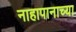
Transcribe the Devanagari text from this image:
नाहापानाच्या